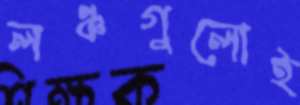
লঞ্চগুলোই